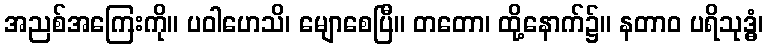
အညစ်အကြေးကို။ ပဝါဟေသိ၊ မျောစေပြီ။ တတော၊ ထို့နောက်၌။ နတာဝ ပရိသုဒ္ဓံ၊